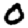
Digit: 0